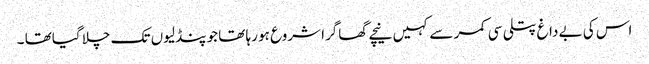
اس کی بے داغ پتلی سی کمر سے کہیں نیچے گھاگرا شروع ہو رہا تھا جو پنڈلیوں تک چلا گیاتھا ۔